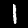
Digit: 1